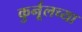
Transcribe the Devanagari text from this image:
कुर्नूलच्या